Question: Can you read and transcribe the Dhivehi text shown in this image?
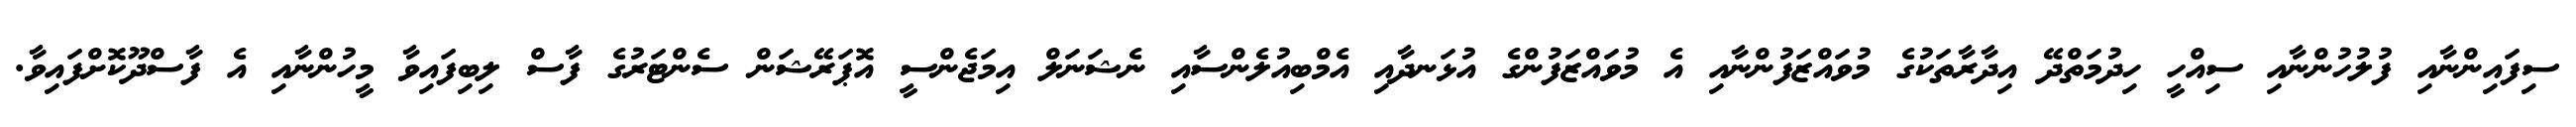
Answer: ސިފައިންނާއި ފުލުހުންނާއި ސިއްހީ ހިދުމަތްދޭ އިދާރާތަކުގެ މުވައްޒަފުންނާއި އެ މުވައްޒަފުންގެ އުޅަނދާއި އެމްބިއުލެންސާއި ނެޝަނަލް އިމަޖެންސީ އޮޕަރޭޝަން ސެންޓަރުގެ ފާސް ލިބިފައިވާ މީހުންނާއި އެ ފާސްދޫކޮށްފައިވާ.